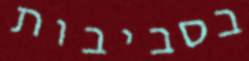
בסביבות